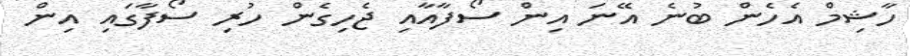
ހާޝިމް އެހެން ބުނެ އޭނަ އިން ސޯފާއާއި ޖެހިގެން ހުރި ސޯފާގައި އިން